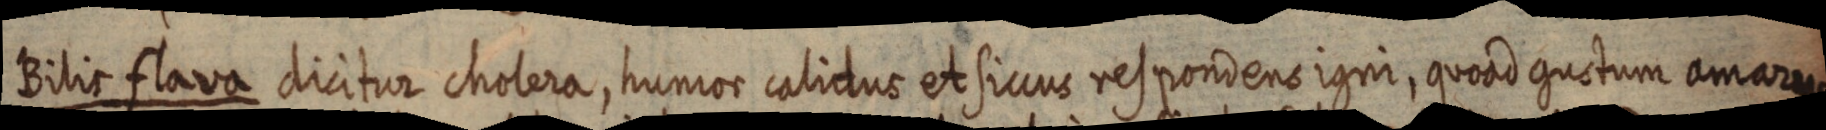
Bilis flava dicitur cholera, humor calidus et siccus respondens igni, quoad gustum amarus